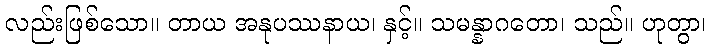
လည်းဖြစ်သော။ တာယ အနုပဿနာယ၊ နှင့်။ သမန္နာဂတော၊ သည်။ ဟုတွာ၊